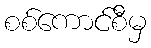
စစ်ကောင်စီမှ